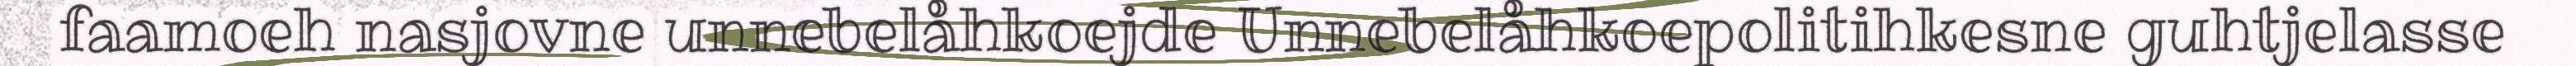
faamoeh nasjovne unnebelåhkoejde Unnebelåhkoepolitihkesne guhtjelasse